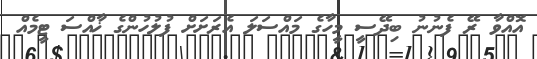
އޮއްވާ ރޭ ފެނުނު ބިދޭސީ މީހާގެ މައްސަލަ އެރަށަށް ފުލުހުންގެ ޚާއްސަ ޓީމެއް